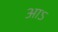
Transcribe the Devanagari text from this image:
आऽ